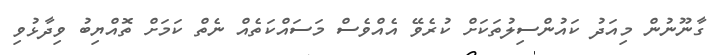
ގާނޫނުން މިއަދު ކައުންސިލުތަކަށް ކުރެވޭ އެއްވެސް މަސައްކަތެއް ނެތް ކަމަށް ތޮއްޔިބު ވިދާޅުވި